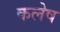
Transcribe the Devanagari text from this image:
कलेष